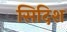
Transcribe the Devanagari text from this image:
सिदिश